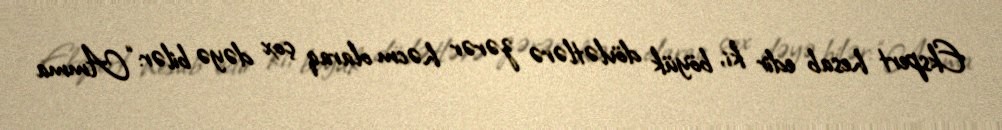
Ekspert hesab edir ki, böyük dövlətlərə zərər həcm olaraq çox dəyə bilər: “Amma